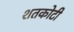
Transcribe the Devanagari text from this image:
शतकोटी